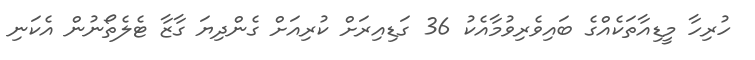
ހުރިހާ މީޑިއާތަކެއްގެ ބައިވެރިވުމާއެކު 36 ގަޑިއިރަށް ކުރިއަށް ގެންދިޔަ ގާޒާ ޓެލެތޯނުން އެކަނި